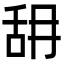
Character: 䑙